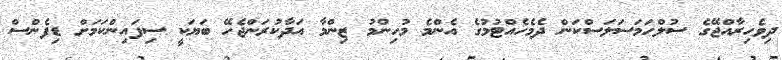
ދިވެހިރާއްޖޭގެ ސުލްހަމަސަލަސްކަން ދެމެހެއްޓުމުގެ އެންމެ މުހިންމު ޒިންމާ އަދާކުރަންޖެހޭ ބަޔަކީ ސިފައިންކަމަށް ޑިފެންސް